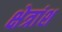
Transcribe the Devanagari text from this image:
क्षेत्रांश